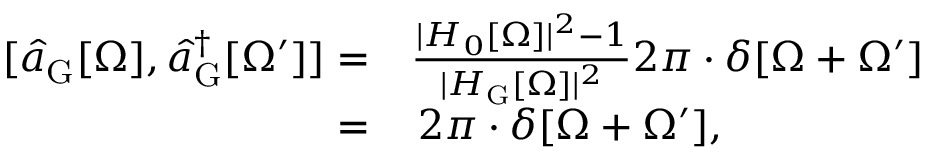
\begin{array} { r l } { [ \hat { a } _ { \mathrm { G } } [ \Omega ] , \hat { a } _ { \mathrm { G } } ^ { \dagger } [ \Omega ^ { \prime } ] ] = } & { \frac { | H _ { 0 } [ \Omega ] | ^ { 2 } - 1 } { | H _ { \mathrm { G } } [ \Omega ] | ^ { 2 } } 2 \pi \cdot \delta [ \Omega + \Omega ^ { \prime } ] } \\ { = } & { \, 2 \pi \cdot \delta [ \Omega + \Omega ^ { \prime } ] , } \end{array}